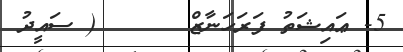
5- ޢައިޝަތު ފަރަހަނާޒް      ( ސައީދު